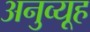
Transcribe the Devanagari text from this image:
अनुव्यूह